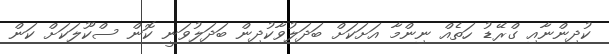
ކުދިންނާއި ގްރޭޑު ހަތެއް ނިންމާ އަށަކަށް ބަދަލުވާކުދިން ބަދަލުވަނީ ކޮން ސްކޫލަކަށް ކަން